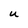
Character: U